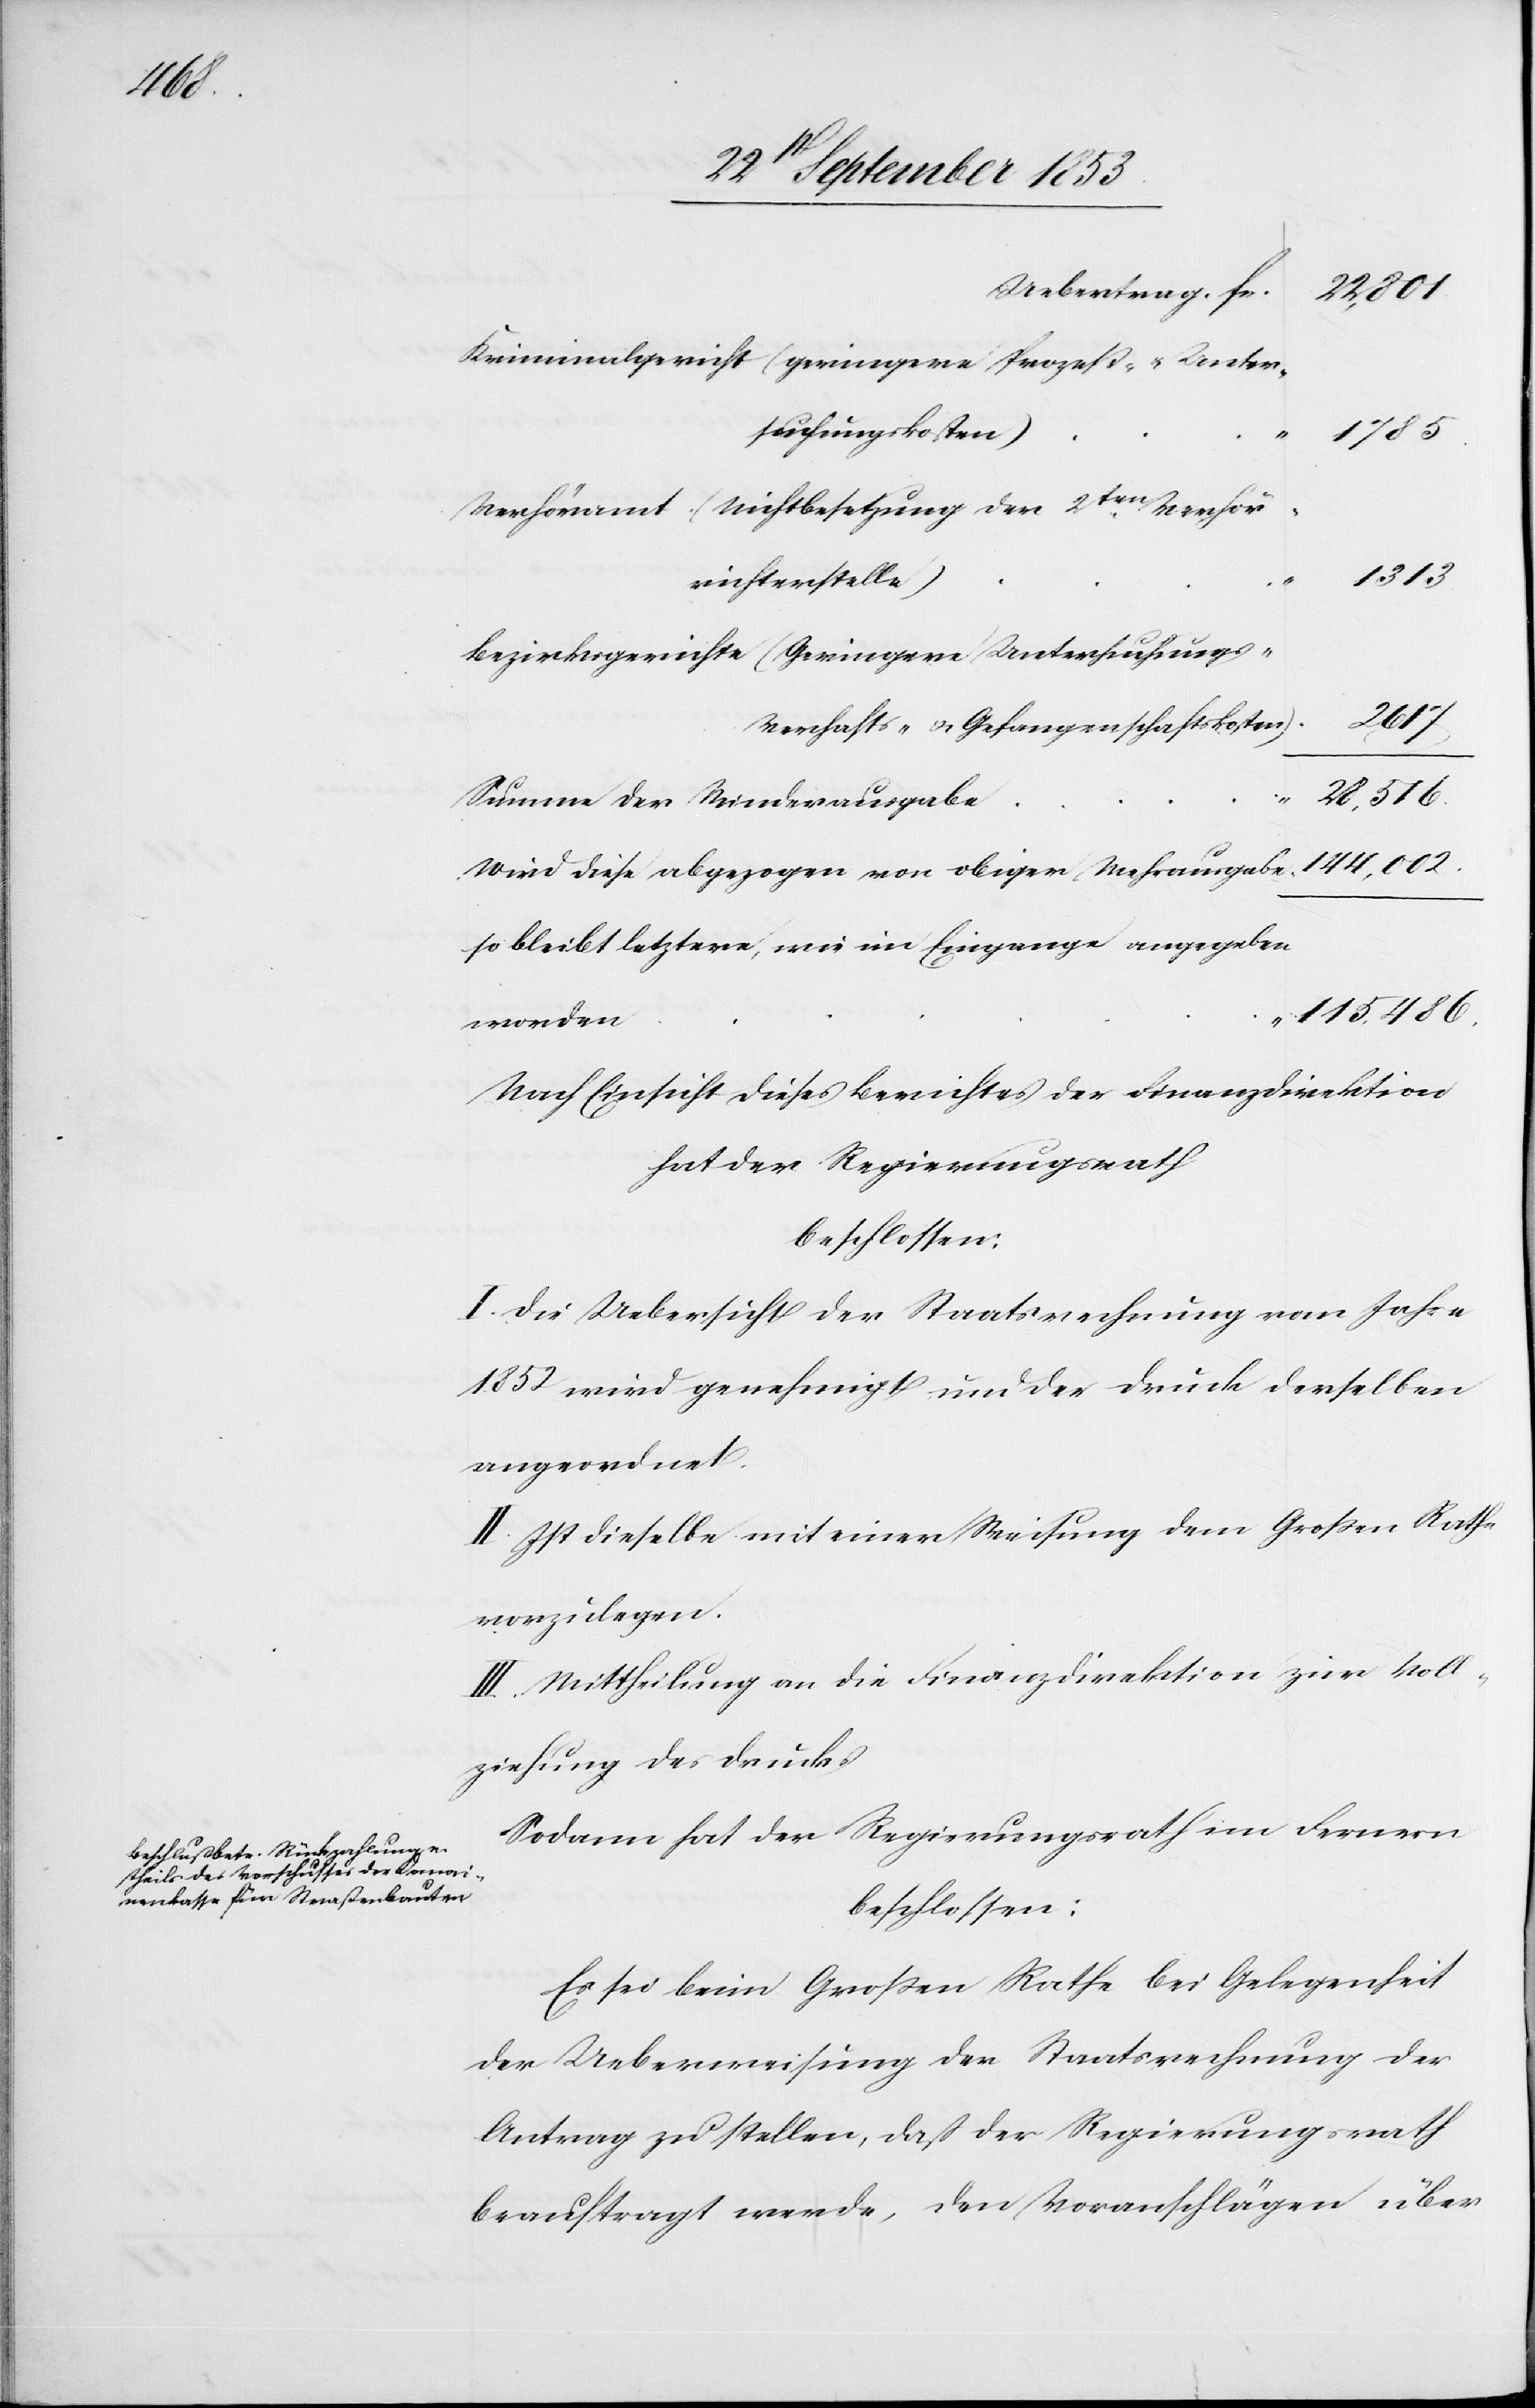
144,022

22,801
Kriminalgericht (geringere Prozeß- u. Unter¬
suchungskosten)
1785
Verhöramt (Nichtbesetzung der 2ten Verhör¬
1313
richterstelle)
Bezirksgerichte (Geringere Untersuchungs-V¬
2617
erhafts- u. Gefangenschaftskosten)
28,516
Summe der Minderausgabe
Wird diese abgezogen von obiger Mehrausgabe
so bleibt letztere, wie im Eingange angegeben
115,486
worden
Nach Einsicht dieses Berichtes der Finanzdirektion
hat der Regierungsrath
beschlossen:
I. Die Uebersicht der Staatsrechnung vom Jahre
1852 wird genehmigt und der Druck derselben
angeordnet.
II. Ist dieselbe mit einer Weisung dem Großen Rathe
vorzulegen.
III. Mittheilung an die Finanzdirektion zur Voll¬
ziehung des Drucks.
Sodann hat der Regierungsrath im Fernern
beschlossen:
Es sei beim Großen Rathe bei Gelegenheit
der Ueberweisung der Staatsrechnung der
Antrag zu stellen, daß der Regierungsrath
beauftragt werde, den Voranschlägen über